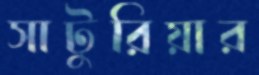
সাটুরিয়ার